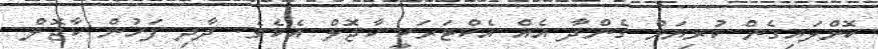
ކޮށްލައިގެން ކުރިޔަށް ގެންދާ އެއް އެކްޓަރަކީ ކާޖޮލް އެކެވެ. ދާދި ފަހުން ކާޖޮލް